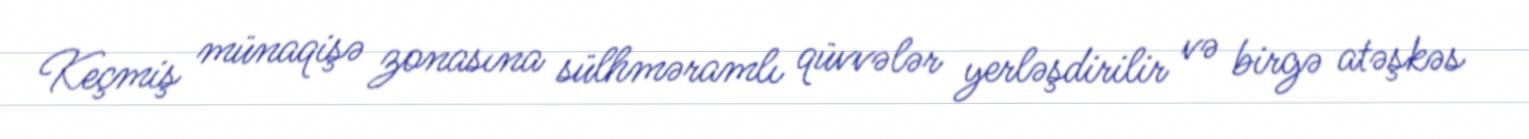
Keçmiş münaqişə zonasına sülhməramlı qüvvələr yerləşdirilir və birgə atəşkəs